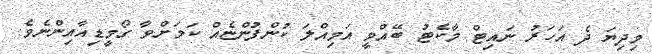
މިދިޔަ ދެ އަހަރު ނައިޓް މާކެޓު ބޭއްވީ އަމިއްލަ ކުންފުންޏެއް ކަމަށްވާ ގޯމީޑިއާއިންނެވެ.